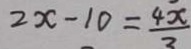
2 x - 1 0 = \frac { 4 x } { 3 }